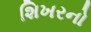
શિખરનો